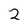
Character: 2